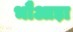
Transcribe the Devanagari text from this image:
भौआड़ा